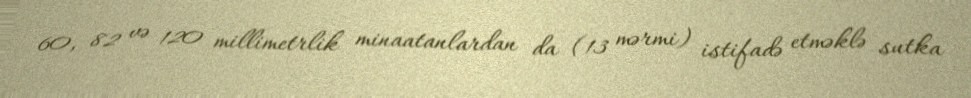
60, 82 və 120 millimetrlik minaatanlardan da (13 mərmi) istifadə etməklə sutka